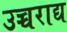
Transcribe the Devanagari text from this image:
उच्चराद्य